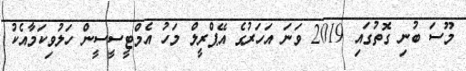
މޫސަ ބުނި ގޮތުގައި 2019 ވަނަ އަހަރުގެ އޭޕްރީލް މަހު އެމްޓީސީސީން ހަލުވިކަމާއެކު